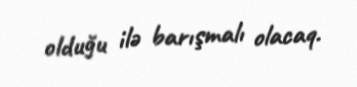
olduğu ilə barışmalı olacaq.